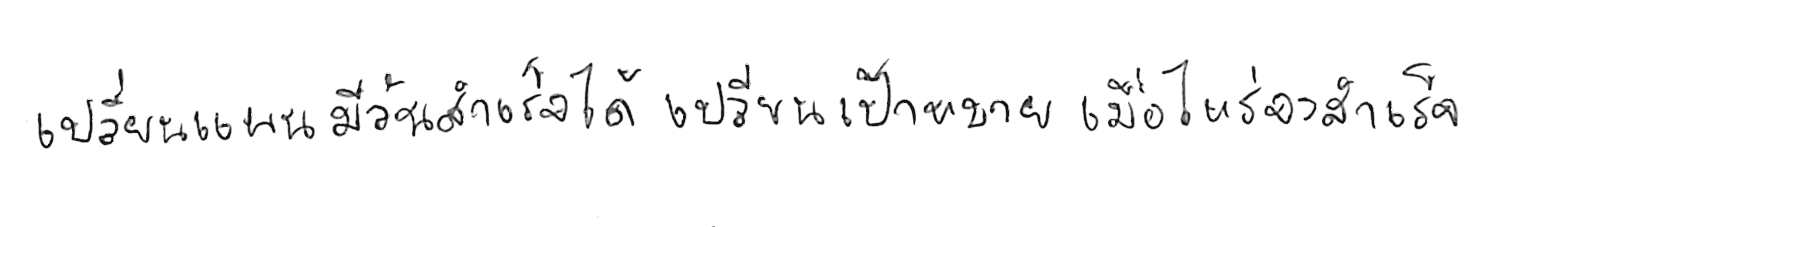
เปลี่ยนแผน มีวันสำเร็จได้ เปลี่ยนเป้าหมาย เมื่อไหร่จะสำเร็จ